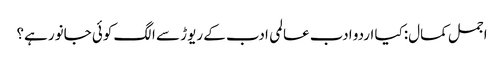
اجمل کمال:کیا اردو ادب عالمی ادب کے ریوڑ سے الگ کوئی جانور ہے؟